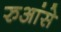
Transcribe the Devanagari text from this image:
रुआंसे